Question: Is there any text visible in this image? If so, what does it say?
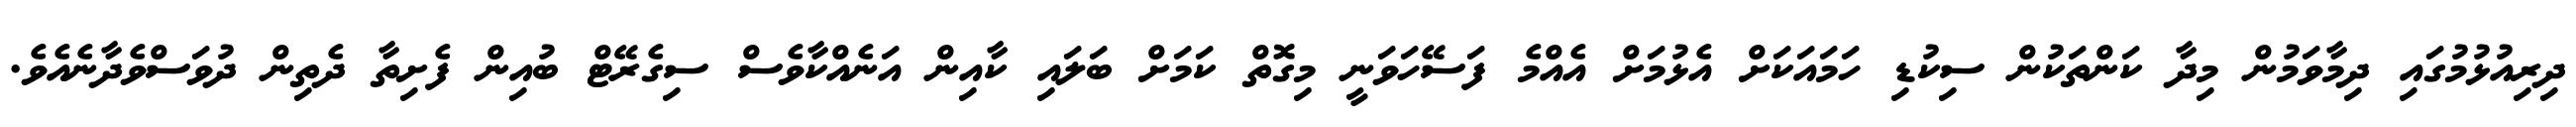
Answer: ދިރިއުޅުމުގައި ދިމާވަމުން މިދާ ކަންތަކުން ސިކުޑި ހަމައަކަށް އެޅުމަށް އެއްމެ ފަސޭހަވަނީ މިގޮތް ކަމަށް ބަލައި ކާއިން އަނެއްކާވެސް ސިގެރޭޓް ބުއިން ފެށިތާ ދެތިން ދުވަސްވެދާނެއެވެ.